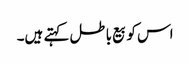
اس کو بیع باطل کہتے ہیں۔